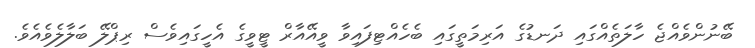
ބޭނުންވެއްޖެ ހާލަތެއްގައި ދަނޑުގެ އަރިމަތީގައި ބެހެއްޓިފައިވާ ވީއޭއާރް ޓީވީގެ އެހީގައިވެސް ރިޕްލޭ ބަލާލެވެއެވެ.